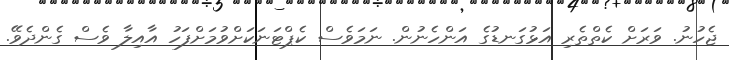
ޖެހުނު. ވަރަށް ކެތްތެރި އަޅުގަނޑުގެ އަންހެނުން. ނަމަވެސް ކެޕްޓަނަކަށްވުމަށްފަހު އާއިލާ ވެސް ގެންދެވޭ.